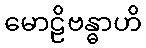
မောဠိဗန္ဓာဟိ